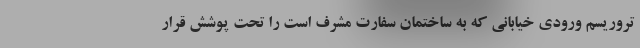
تروریسم ورودی خیابانی که به ساختمان سفارت مشرف است را تحت پوشش قرار